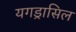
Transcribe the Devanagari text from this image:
यगड्रासिल